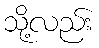
သို့လည်း